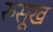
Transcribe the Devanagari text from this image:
रुसूख